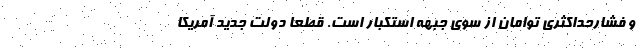
و فشارحداکثری توامان از سوی جبهه استکبار است. قطعا دولت جدید آمریکا